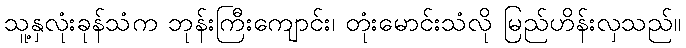
သူ့နှလုံးခုန်သံက ဘုန်းကြီးကျောင်း၊ တုံးမောင်းသံလို မြည်ဟိန်းလှသည်။